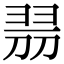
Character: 𠝧